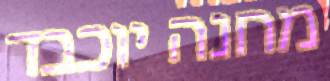
מחנה יוכבד